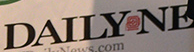
DAILYNE